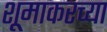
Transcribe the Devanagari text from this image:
शूमाकरच्या